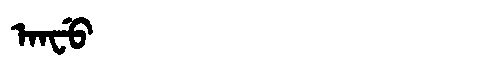
Manchu: ᠠᠨᠸᡠ
Romanization: ANFU